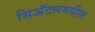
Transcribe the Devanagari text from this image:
सिअॅटलमधील